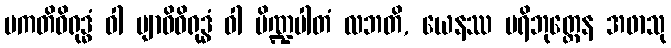
ပကတိဝိရုဒ္ဓံ ဝါ ဗျာဓိဝိရုဒ္ဓံ ဝါ ပိဏ္ဍပါတံ လဘတိ, ယေနဿ ပရိဘုတ္တေန အဖာသု